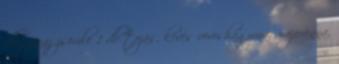
db száraz zsömle 1 db tojás, kevés vöröshagyma, majoránna,